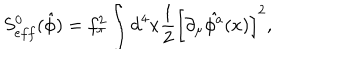
LaTeX: S _ { e f f } ^ { 0 } ( \hat { \phi } ) = f _ { \pi } ^ { 2 } \int \mathrm { d } ^ { 4 } x \frac { 1 } { 2 } \left[ \partial _ { \mu } \hat { \phi ^ { a } } ( x ) \right] ^ { 2 } ,